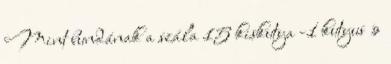
Mint bundának a szála 15 kiskutya -1 kutyus »